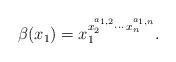
LaTeX: \begin{align*}\beta(x_1) = x_1^{x_2^{a_{1,2}} \cdots \, x_n^{a_{1,n}}}.\end{align*}